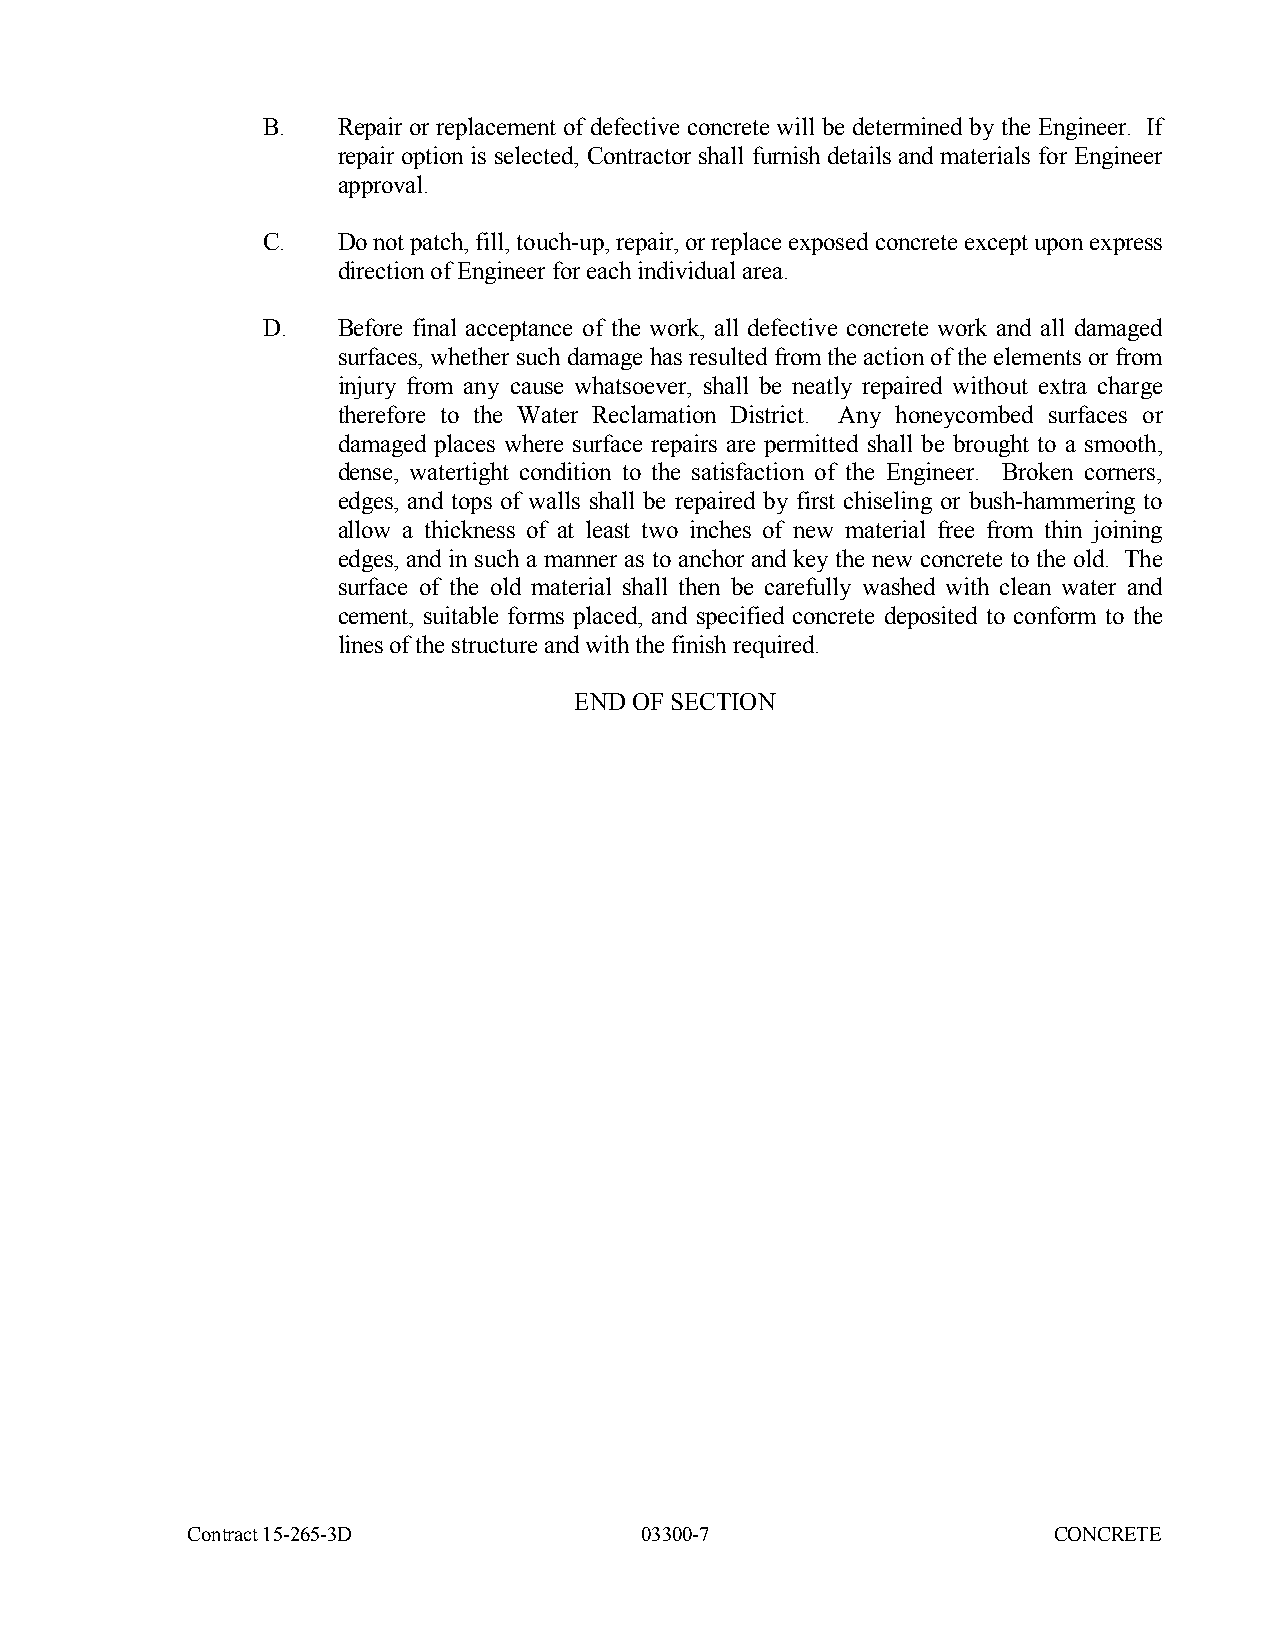
B.   Repair or replacement of defective concrete will be determined by the Engineer. If
 repair option is selected, Contractor shall furnish details and materials for Engineer
 approval.
 C.   Do not patch, fill, touch-up, repair, or replace exposed concrete except upon express
 direction of Engineer for each individual area.
 D.   Before final acceptance of the work, all defective concrete work and all damaged
 surfaces, whether such damage has resulted from the action of the elements or from
 injury from any cause whatsoever, shall be neatly repaired without extra charge
 therefore to the Water Reclamation District. Any honeycombed surfaces or
 damaged places where surface repairs are permitted shall be brought to a smooth,
 dense, watertight condition to the satisfaction of the Engineer. Broken corners,
 edges, and tops of walls shall be repaired by first chiseling or bush-hammering to
 allow a thickness of at least two inches of new material free from thin joining
 edges, and in such a manner as to anchor and key the new concrete to the old. The
 surface of the old material shall then be carefully washed with clean water and
 cement, suitable forms placed, and specified concrete deposited to conform to the
 lines of the structure and with the finish required.
 END OF SECTION
 Contract 15-265-3D            03300-7                     CONCRETE